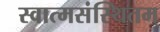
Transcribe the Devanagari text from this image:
स्वात्मसंस्थितम्